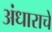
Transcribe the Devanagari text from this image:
अंधाराचे